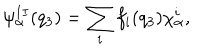
\psi _ { \alpha } ^ { I I } ( q _ { 3 } ) = \sum _ { i } f _ { i } ( q _ { 3 } ) \chi _ { \alpha } ^ { i } ,